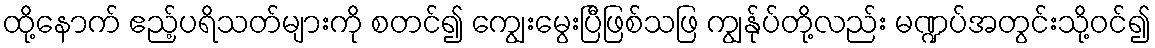
ထို့နောက် ဧည့်ပရိသတ်များကို စတင်၍ ကျွေးမွေးပြီဖြစ်သဖြ ကျွန်ုပ်တို့လည်း မဏ္ဍပ်အတွင်းသို့ဝင်၍